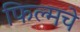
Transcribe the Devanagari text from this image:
फिल्मचे